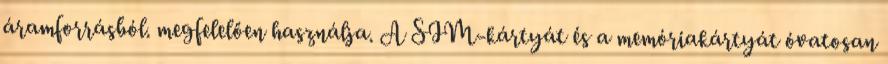
áramforrásból. megfelelően használja. A SIM-kártyát és a memóriakártyát óvatosan